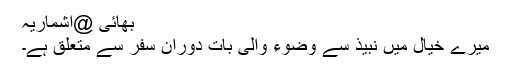
بھائی @اشماریہ
میرے خیال میں نبیذ سے وضوء والی بات دوران سفر سے متعلق ہے۔